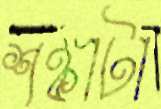
শঙ্কাটা